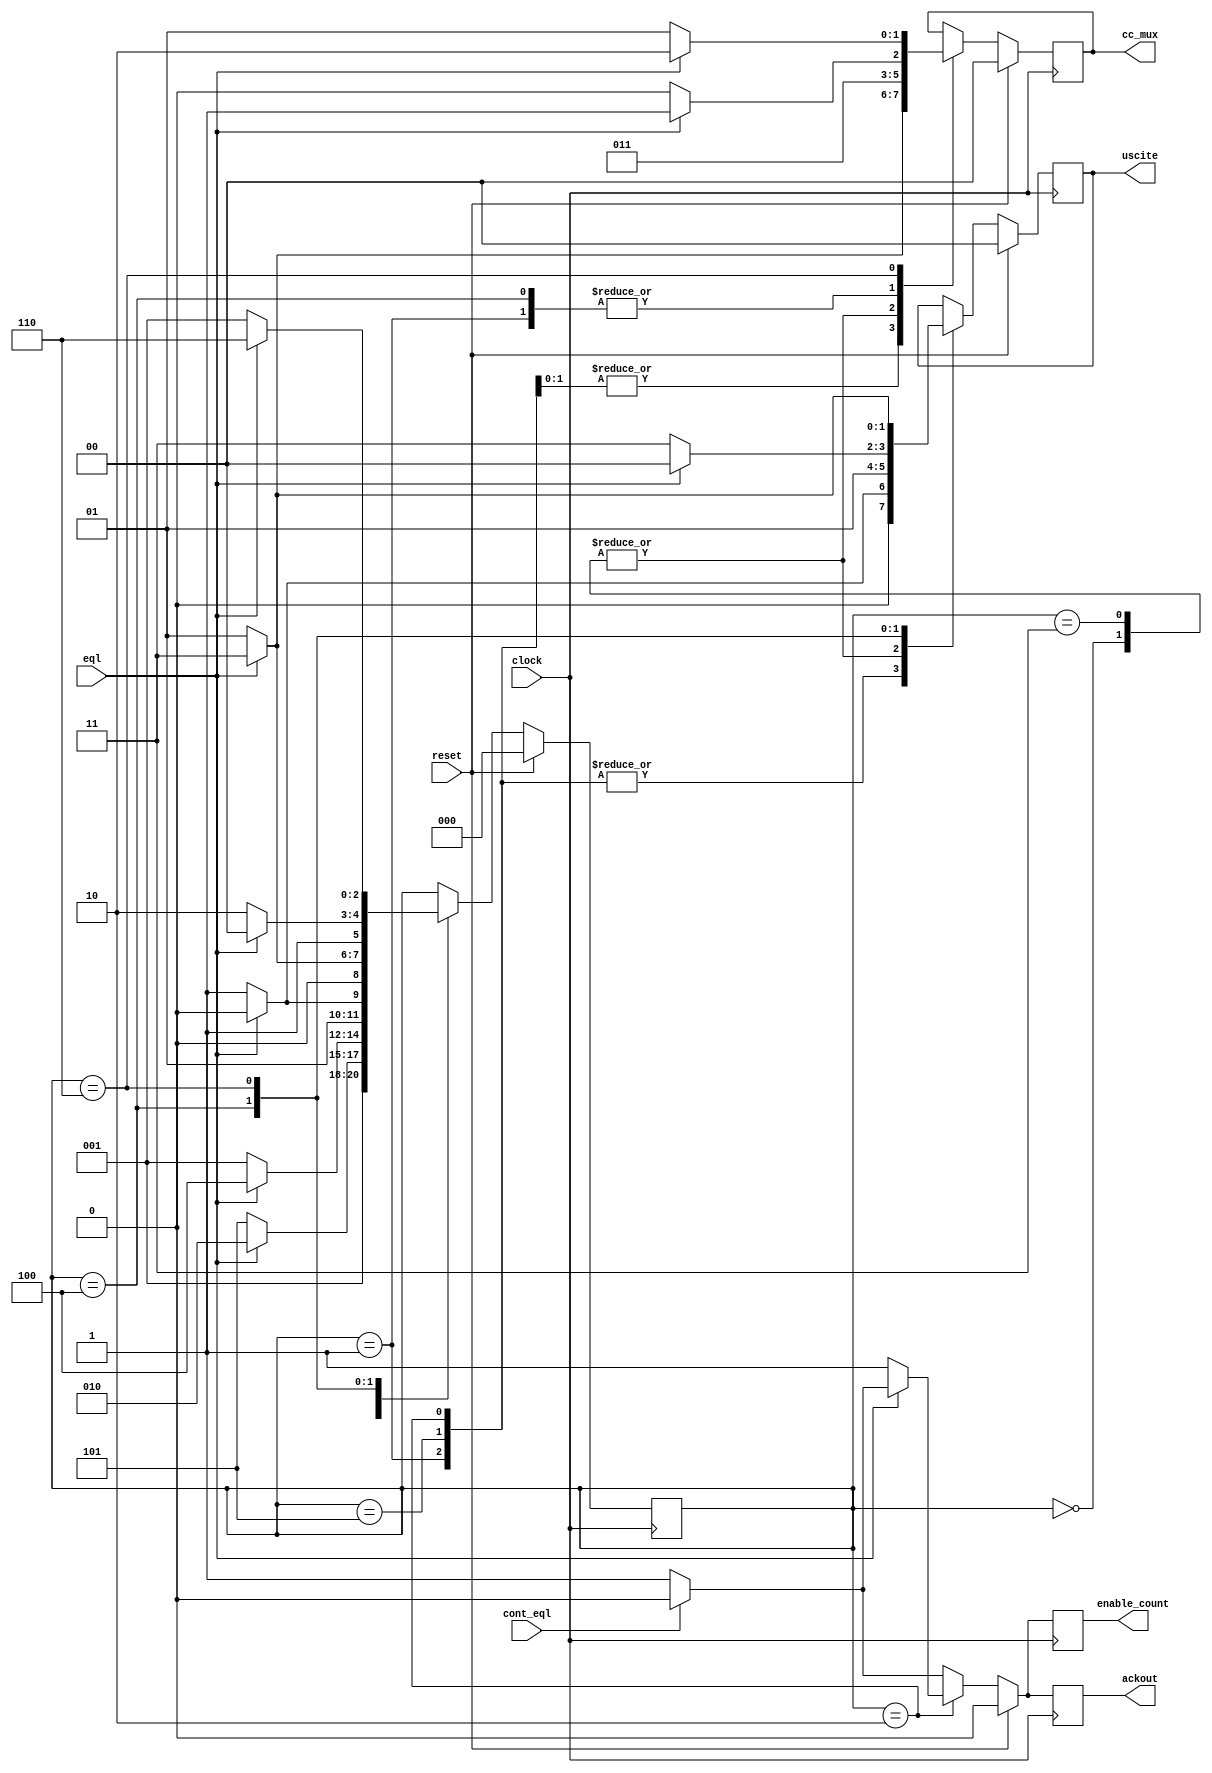
module b06(
	input eql,
	input clock,
	input reset,
	input cont_eql,

	output [1:0] cc_mux,
	output [1:0] uscite,
	output  enable_count,
	output ackout
	);

	reg [2:0] state ;
	reg [1:0] cc_mux;
	reg [1:0] uscite;
	reg enable_count;
	reg ackout;

	parameter   s_init = 3'b000;
	parameter   s_wait = 3'b001;
	parameter   s_enin = 3'b010;
	parameter s_enin_w = 3'b011;
	parameter   s_intr = 3'b100;
	parameter s_intr_1 = 3'b101;
	parameter s_intr_w = 3'b110;


		
	parameter   cc_nop = 2'b01;
	parameter  cc_enin = 2'b01;
	parameter  cc_intr = 2'b10;
	parameter cc_ackin = 2'b11;
	parameter out_norm = 2'b01; 
	 
	always@(posedge clock)
		if(reset == 1'b1)
			begin
				state <= s_init;
				cc_mux <= 2'b00;
				enable_count <= 1'b0;
				ackout <= 1'b0;
				uscite <= 2'b00;
			end
		else
		begin
			if(cont_eql == 1'b1)
			begin
				ackout <= 1'b0;
				enable_count <= 1'b0;
			end
			else
			begin
				ackout <= 1'b1;
				enable_count <= 1'b1;
			end
		
			case(state)
			s_init:
			begin
				cc_mux <= cc_enin;
				uscite <= out_norm;
				state <= s_wait;
			end
			s_wait:
				if(eql == 1'b1)
				begin
					uscite <= 2'b00;
					cc_mux <= cc_ackin;
					state <= s_enin;
				end
				else
				begin
					uscite <= out_norm;
					cc_mux <= cc_intr;
					state <= s_intr_1;
				end
			s_intr_1:
				if(eql == 1'b1)
					begin
						uscite <=2'b00;
						cc_mux <= cc_ackin;
						state <= s_intr;
					end
				else
				begin
					uscite <= out_norm;
					cc_mux <= cc_enin;
					state <= s_wait;
				end

			s_enin:
				if(eql == 1'b1)
					begin
						uscite <= 2'b00;
						cc_mux <= cc_ackin;
						state <= s_enin;
					end
				else
					begin
						uscite <= 2'b01;
						ackout <= 1'b1;
						enable_count <= 1'b1;
						cc_mux <= cc_enin;
						state <= s_enin_w;
					end

			s_enin_w:
				if(eql == 1'b1)
					begin
						uscite <= 2'b01;
						cc_mux <= cc_enin;
						state <= s_enin_w;
					end
				else
					begin
						uscite <= out_norm;
						cc_mux <= cc_enin;
						state <= s_wait;
					end

			s_intr:
				if(eql == 1'b1)
					begin
						uscite <= 2'b00;
						cc_mux <= cc_ackin;
						state <= s_intr;
					end
				 else
					begin
						uscite <= 2'b11;
						cc_mux <= cc_intr;
						state <= s_intr_w;
					end

			s_intr_w:
				if(eql == 1'b1)
					begin
						uscite <= 2'b11;
						cc_mux <= cc_intr;
						state <= s_intr_w;
					end
				else
					begin
						uscite <= out_norm;
						cc_mux <= cc_enin;
						state <= s_wait;
					end

		endcase
		end
endmodule